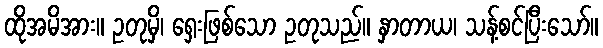
ထိုအမိအား။ ဥတုမှိ၊ ရှေးဖြစ်သော ဥတုသည်။ နှာတာယ၊ သန့်စင်ပြီးသော်။